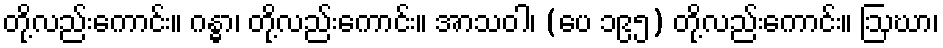
တို့လည်းကောင်း။ ဂန္ဓာ၊ တို့လည်းကောင်း။ အာသဝါ၊ (ပေ ၁၉၅) တို့လည်းကောင်း။ ဩဃာ၊